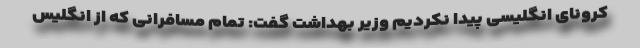
کرونای انگلیسی پیدا نکردیم وزیر بهداشت گفت: تمام مسافرانی که از انگلیس